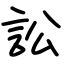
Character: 訟